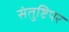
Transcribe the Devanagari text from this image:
संतुष्टिपर